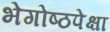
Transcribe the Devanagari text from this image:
भेगोष्ठपेक्षा